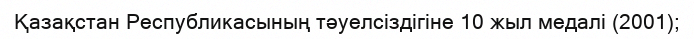
Қазақстан Республикасының тәуелсіздігіне 10 жыл медалі (2001);